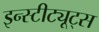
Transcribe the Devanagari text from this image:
इन्स्टीट्यूट्स